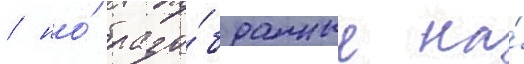
/ но́ разо́бранные на́